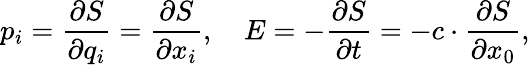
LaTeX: p_{i}={\frac{\partial S}{\partial q_{i}}}={\frac{\partial S}{\partial x_{i}}},\quad E=-{\frac{\partial S}{\partial t}}=-c\cdot{\frac{\partial S}{\partial x_{0}}},